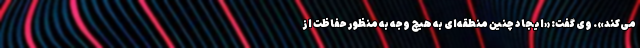
می‌کند». وی گفت: «ایجاد چنین منطقه‌ای به هیچ وجه به منظور حفاظت از